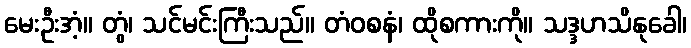
မေးဦးအံ့။ တွံ၊ သင်မင်းကြီးသည်။ တံဝစနံ၊ ထိုစကားကို။ သဒ္ဒဟသိနုခေါ၊